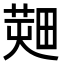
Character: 𤲱